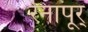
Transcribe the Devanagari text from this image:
रेनापूर्